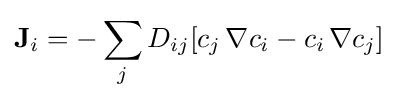
\mathbf {J} _{i}=-\sum _{j}D_{ij}[c_{j}\,\nabla c_{i}-c_{i}\,\nabla c_{j}]